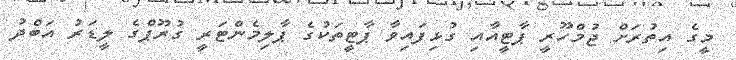
މީގެ އިތުރަށް ޖުމްހޫރީ ޕާޓީއާއި ގުޅިފައިވާ ޕާޓީތަކުގެ ޕާލިމެންޓަރީ ގުރޫޕްގެ ލީޑަރު އަބްދު